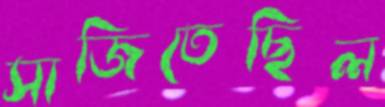
সাজিতেছিল